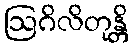
ဩဂိလိတုန္တိ